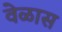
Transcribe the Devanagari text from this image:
वेळास